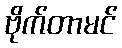
ဗိုက်တာမင်